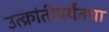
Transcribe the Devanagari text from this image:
उत्क्रांतीपर्यंतचा